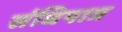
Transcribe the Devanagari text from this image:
संधिपात्र